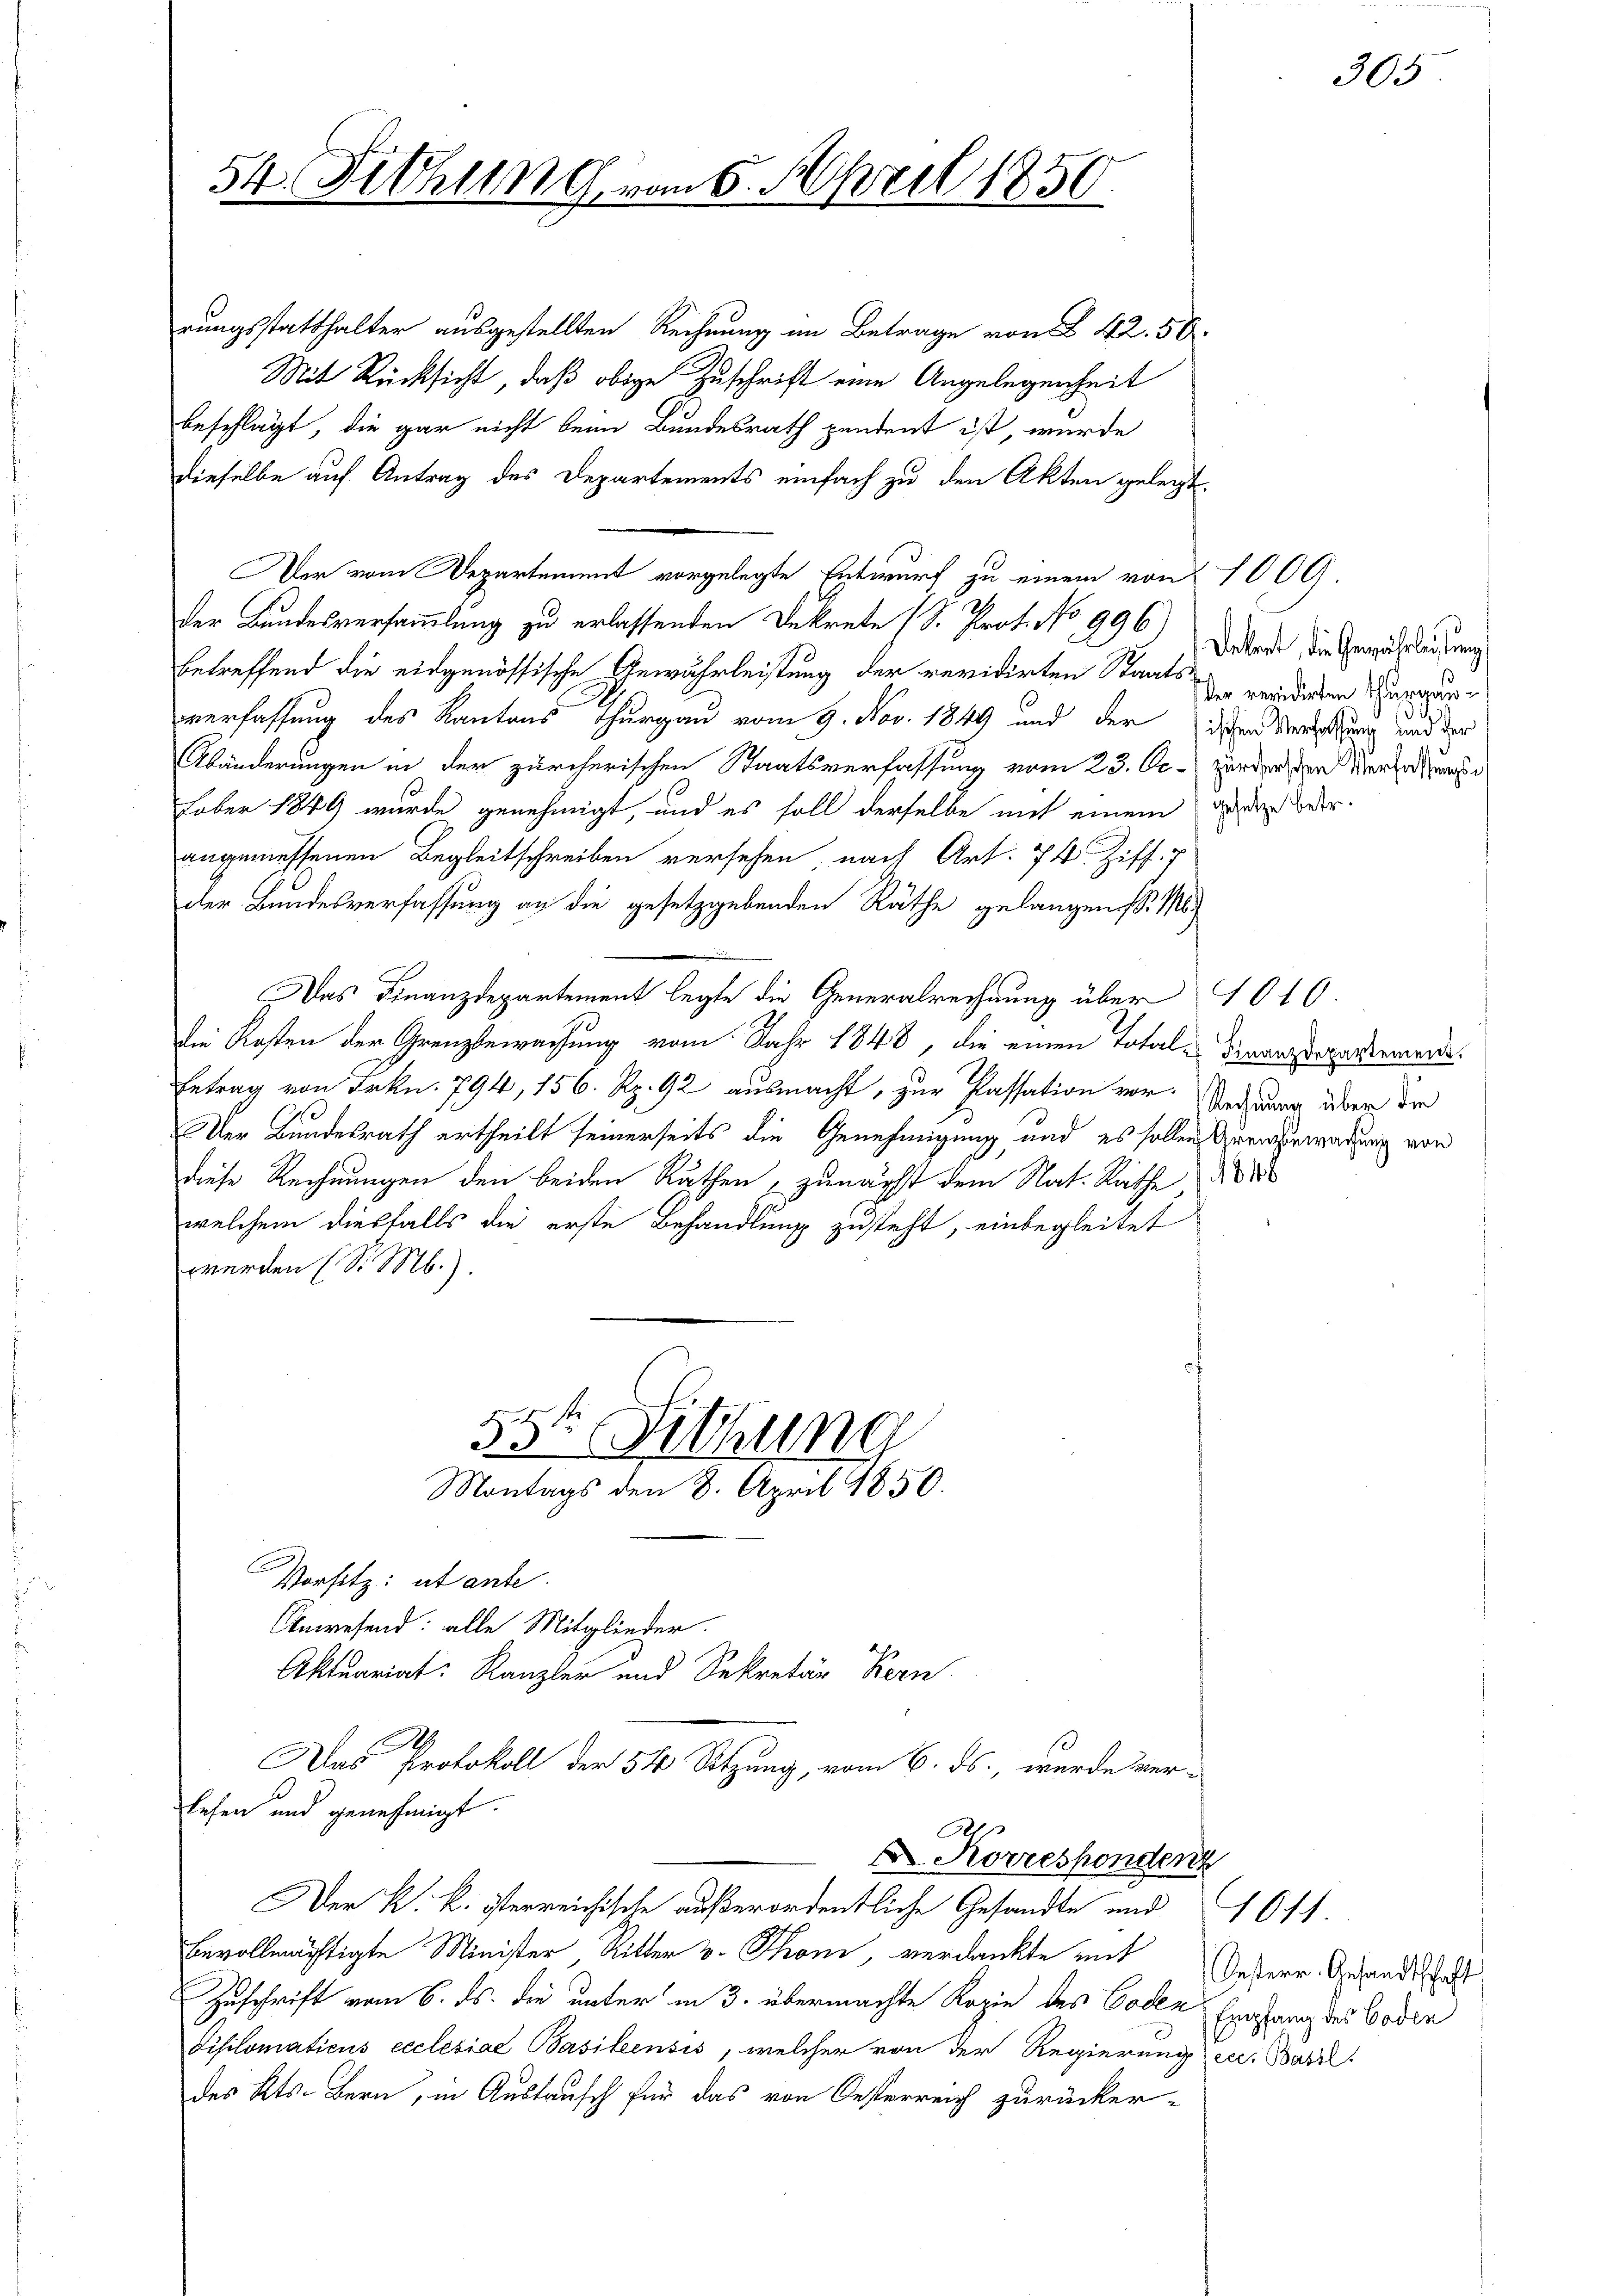
rungsstatthalter ausgestellten Rechnung im Betrage von § 42. 58
Mit Rücksicht, daß obige Zuschrift eine Angelegenheit
beschlägt, die gar nicht beim Bundesrath pendent ist, wurde
dieselbe auf Antrag des Departements einfach zu den Akten gelegt
Der vom Departement vorgelegte Entwurf zu einem von 1009.
Der Bundesversammlung zu erlassenden Dekrete (S. Prot. No 996
betreffend die eidgenössische Gewährleistung der revidirten Staats-
verfassung des Kantons Thurgau vom 9. Nov. 1849 und der
Abänderungen in der zürcherischen Staatsverfassung vom 23. Oc-
Fober 1849 wurde genehmigt, und es soll derselbe mit einem
angemessenen Begleitschreiben versehen nach Art. 74. Ziff. 7
der Bundesverfassung an die gesetzgebenden Räthe gelangen d. Ms
Das Finanzdepartement legte die Generalrechnung über
die Kosten der Grenzbewachung vom Jahr 1848, die einen Total¬
Betrag von Frkn. 794, 156. Rp. 92 ausmacht, zur Kassation vor¬
Der Bundesrath ertheilt seinerseits die Genehmigung und es sollen
diese Rechnungen den beiden Räthen, zunächst dem Nat. Rathe
welchem diesfalls die erste Behandlung zusteht, einbegleitet
werden (S. M.).
F 1 ste
35. Sitzung
Montags den 8. April 1850.
Vorsitz: utante.
Anwesend: alle Mitglieder.
Aktuariat: Kanzler und Sekretär Bern.
.
Das Protokoll der 54 Setzung, vom 6. ds., wurde ver-
lesen und genehmigt.
A
 Korrespondenz
Der K. k. österreichische außerordentliche Gesandte und
bevollmächtigte Minister, Ritter v. Thoni, verdankte mit
Zuschrift vom 6. ds. die unter in 3. übermachte Kopie des Coden Empfang des Boden
Disilomaticus ecclesiae Basiliensis, welcher von der Regierung zu. Bartl
des Kts. Bern, in Austrusch für das von Oesterreich zurücker-

54. Fethung vom 6. April 1850.

Deckent, die Gewährleistung
er revidenten Thurgau¬
.
ischen Verfassung und der
Zürcherschen Verfassungsgesetze betr.

1848

305

1010
Finanzdepartement.
Rechnung über die
Grenzbewachung von

Oesterr. Gesandtschaft

1611